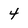
Character: 4